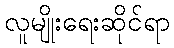
လူမျိုးရေးဆိုင်ရာ